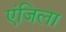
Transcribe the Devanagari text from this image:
एंजिला